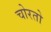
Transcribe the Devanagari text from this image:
चोरतो